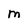
Character: M